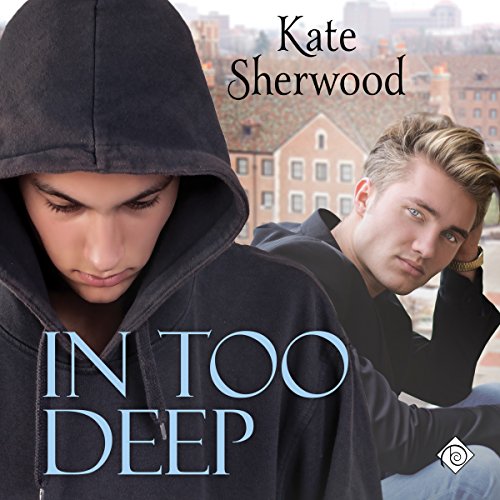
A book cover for In Too Deep; Kate Sherwood; Romance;